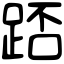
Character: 踎